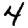
Digit: 4